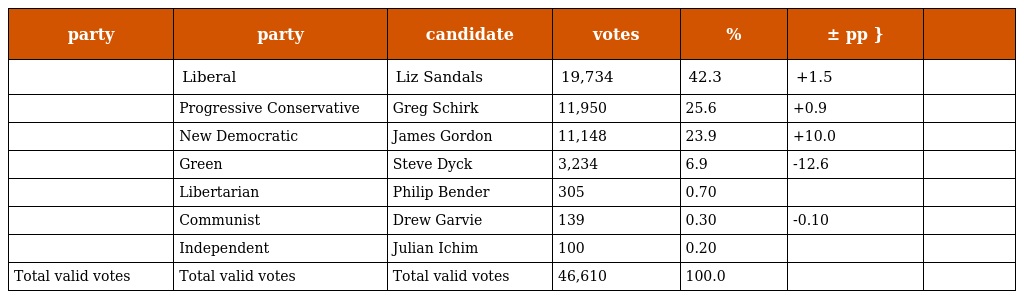
| party | party | candidate | votes | % | ± pp } |  |
 | --- | --- | --- | --- | --- | --- | --- |
 |  | Liberal | Liz Sandals | 19,734 | 42.3 | +1.5 |  |
 |  | Progressive Conservative | Greg Schirk | 11,950 | 25.6 | +0.9 |  |
 |  | New Democratic | James Gordon | 11,148 | 23.9 | +10.0 |  |
 |  | Green | Steve Dyck | 3,234 | 6.9 | -12.6 |  |
 |  | Libertarian | Philip Bender | 305 | 0.70 |  |  |
 |  | Communist | Drew Garvie | 139 | 0.30 | -0.10 |  |
 |  | Independent | Julian Ichim | 100 | 0.20 |  |  |
 | Total valid votes | Total valid votes | Total valid votes | 46,610 | 100.0 |  |  |